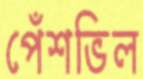
পেঁশভিল